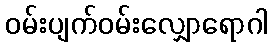
ဝမ်းပျက်ဝမ်းလျှောရောဂါ